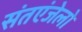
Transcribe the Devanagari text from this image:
संतएंजेलो